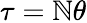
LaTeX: \tau=\mathbb{N}\theta